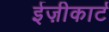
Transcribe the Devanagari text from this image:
ईज़ीकार्ट